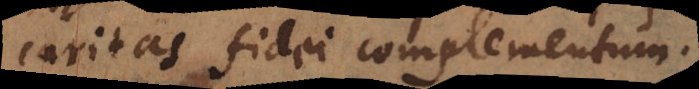
caritas fidei complementum.